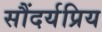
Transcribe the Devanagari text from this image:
सौंदर्यप्रिय